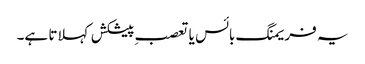
یہ فریمنگ بائس یا تعصبِ پیشکش کہلاتا ہے۔